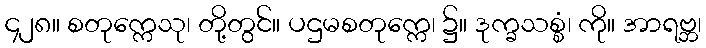
၄၂၈။ စတုက္ကေသု၊ တို့တွင်။ ပဌမစတုက္ကေ၊ ၌။ ဒုက္ခသစ္စံ၊ ကို။ အာရဗ္ဘ၊